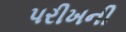
પરીખની